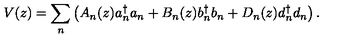
V ( z ) = { \sum _ { n } } \left( A _ { n } ( z ) a { _ n ^ { \dagger } } a _ { n } + B _ { n } ( z ) b { _ n ^ { \dagger } } b _ { n } + D _ { n } ( z ) d { _ n ^ { \dagger } } d _ { n } \right) .